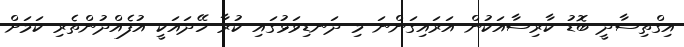
އިގްތިސާދީ ބޮޑު ކާރިސާއަކުން އަރައިގަންނަ މި ދަނޑިވަޅުގައި ކުރާ ހޭދައަކީ އުފެއްދުންތެރި ކަމަށް